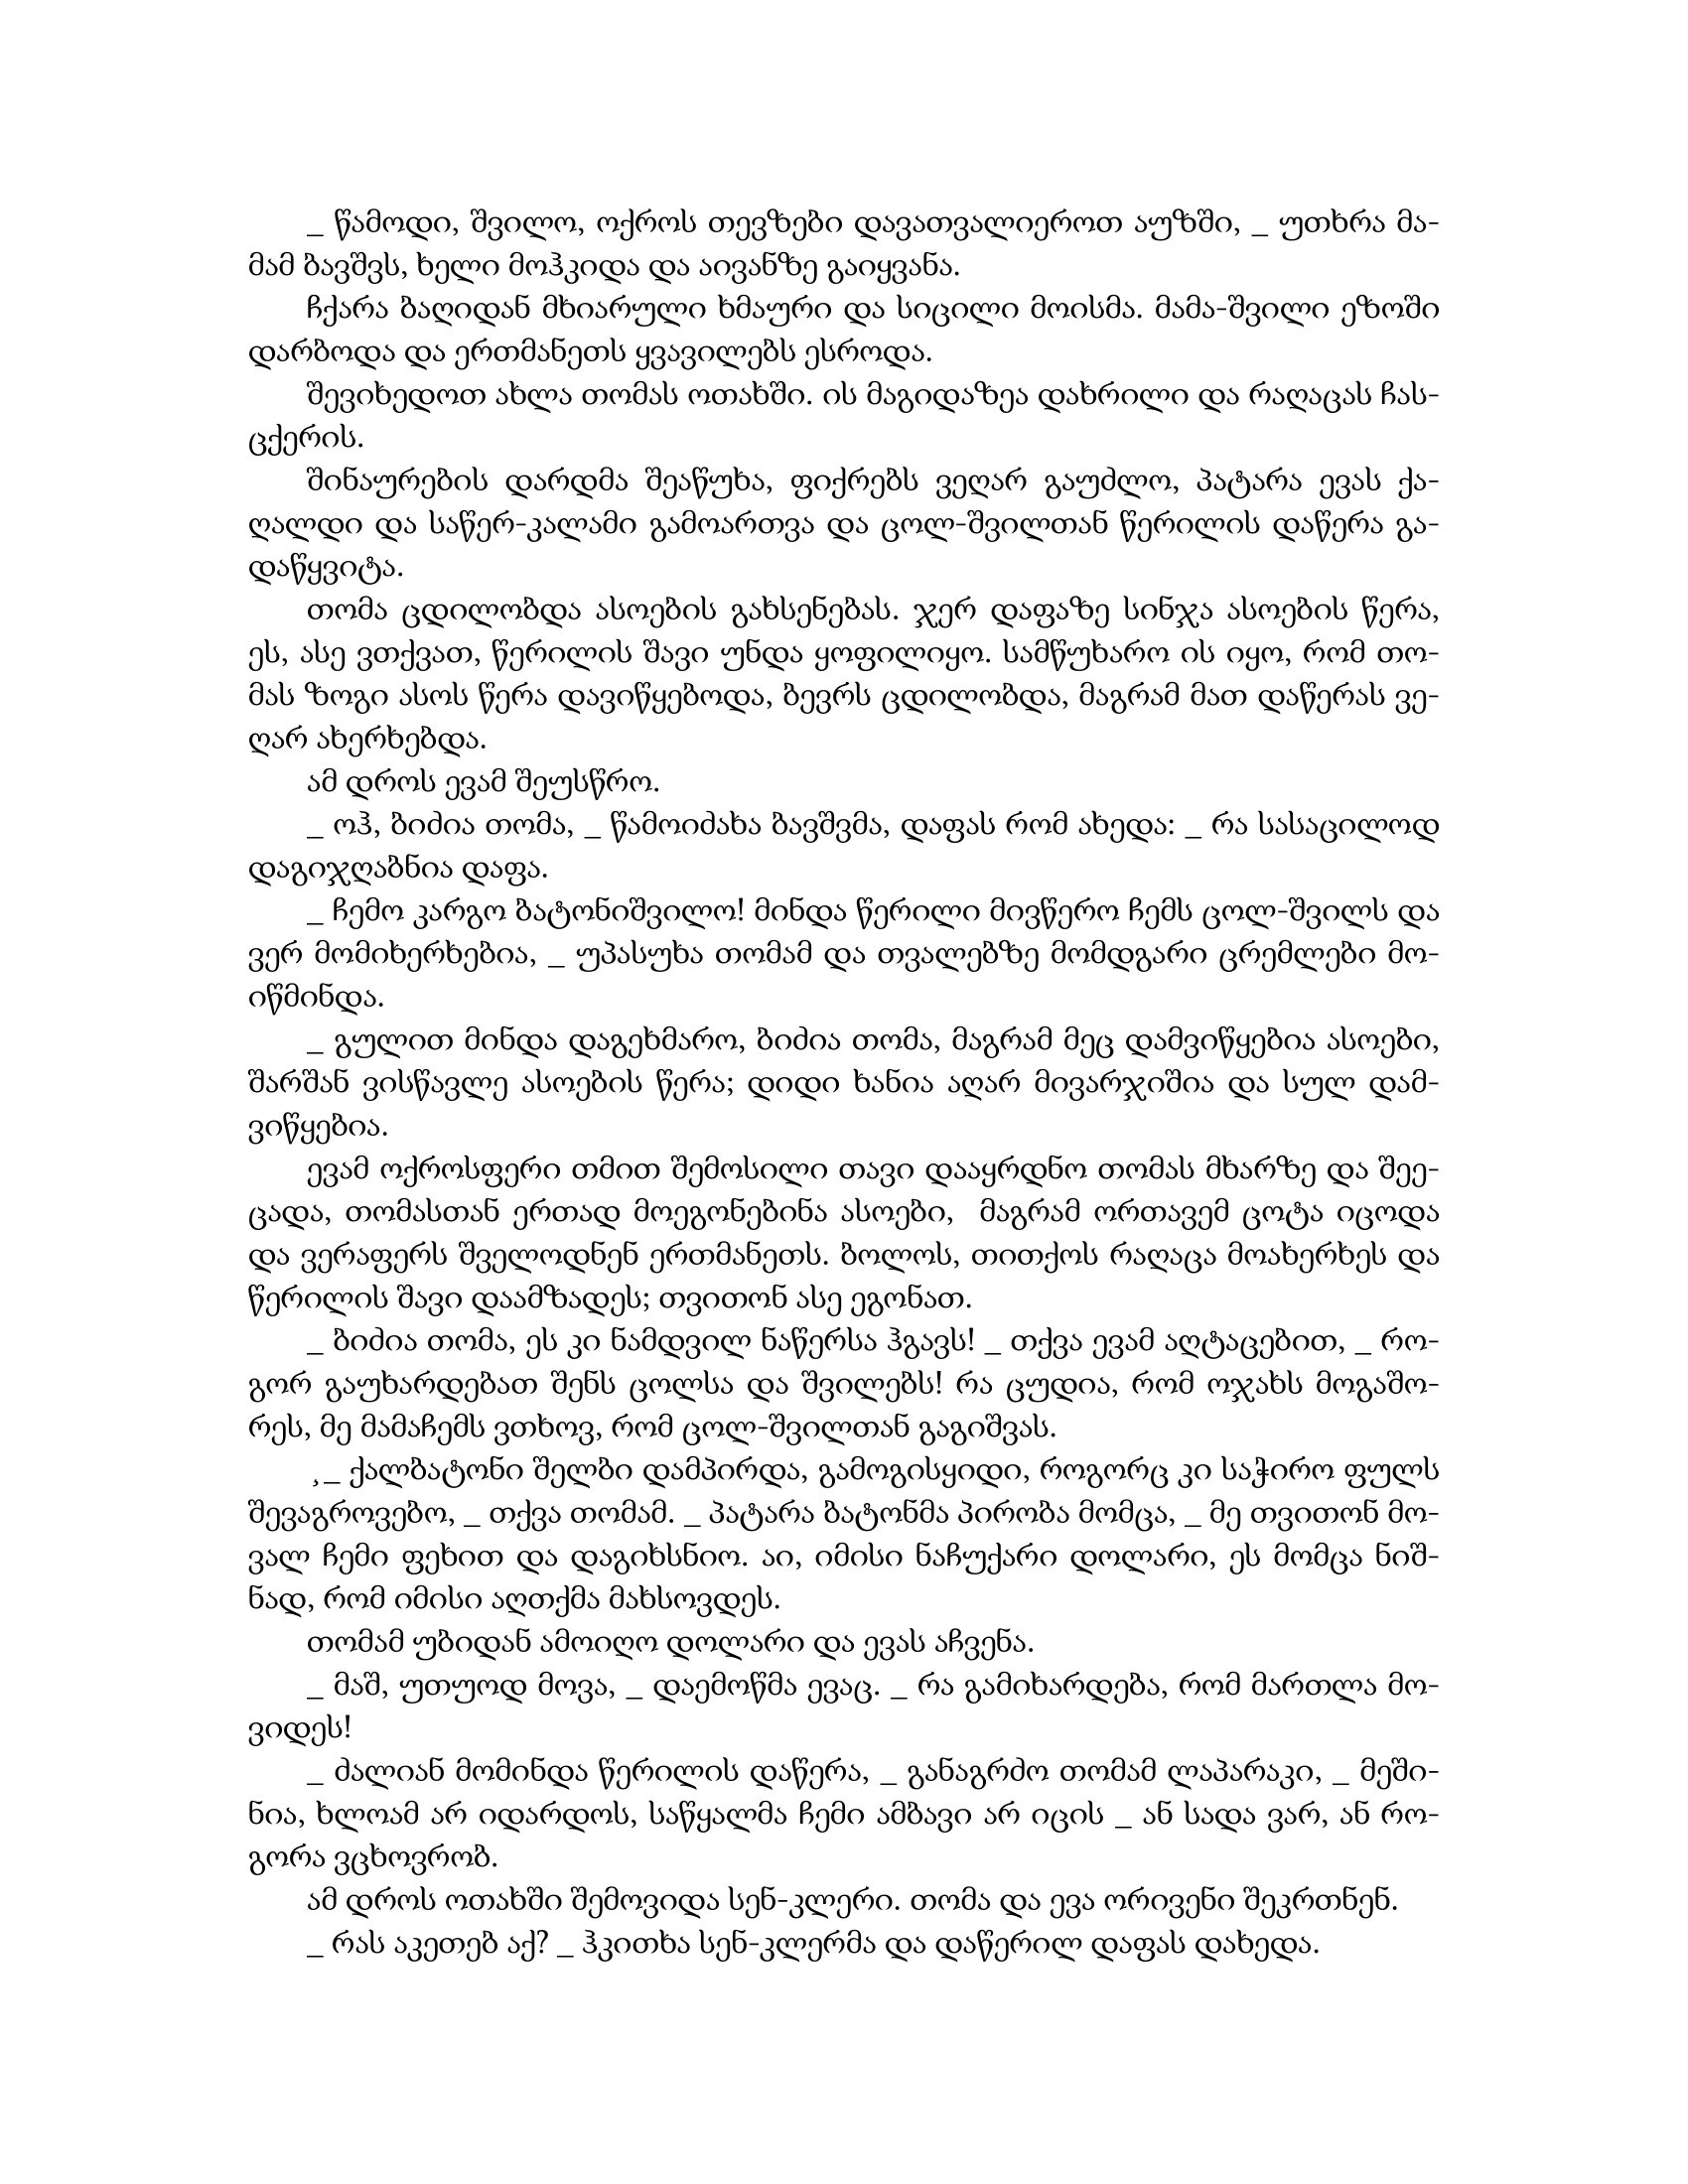
Language: gr